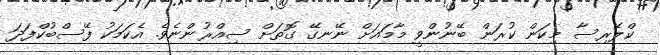
ކްލޭރިސާ މިކަން ކުރަން ބޭނުންވީ މާމައަށް ނޭނގޭ ގޮތަށް ސިއްރުންނެވެ. އެކަމަކު ފޭސްބުކްފަދަ